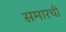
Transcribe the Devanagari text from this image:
समारची